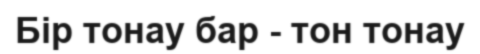
Бір тонау бар - тон тонау